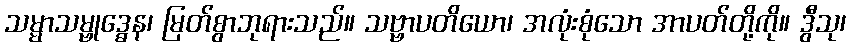
သမ္မာသမ္ဗုဒ္ဓေန၊ မြတ်စွာဘုရားသည်။ သဗ္ဗာပတိယော၊ အလုံးစုံသော အာပတ်တို့ကို။ ဒွီသု၊